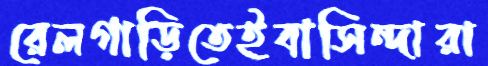
রেলগাড়িতেইবাসিন্দারা